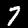
Label: 7